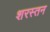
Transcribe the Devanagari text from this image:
शरस्तन